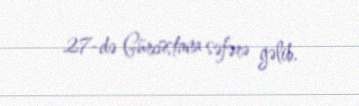
27-də Gürcüstana səfərə gəlib.